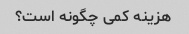
هزینه کمی چگونه است؟